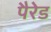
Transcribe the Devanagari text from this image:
पैरेड